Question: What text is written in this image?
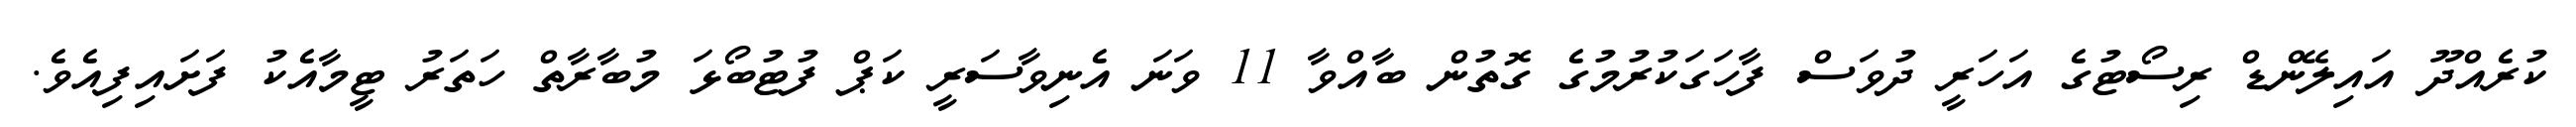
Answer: ކުރެއްދޫ އައިލޭންޑް ރިސޯޓުގެ އަހަރީ ދުވަސް ފާހަގަކުރުމުގެ ގޮތުން ބާއްވާ 11 ވަނަ އެނިވާސަރީ ކަޕް ފުޓުބޯޅަ މުބާރާތް ހަތަރު ޓީމާއެކު ފަށައިފިއެވެ.